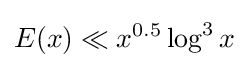
E(x)\ll x^{0.5}\log ^{3}x